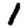
Digit: 1